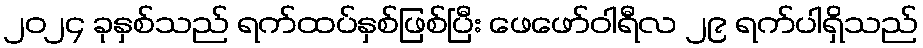
၂၀၂၄ ခုနှစ်သည် ရက်ထပ်နှစ်ဖြစ်ပြီး ဖေဖော်ဝါရီလ ၂၉ ရက်ပါရှိသည်